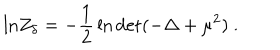
LaTeX: \mathrm { l n } Z _ { \delta } = - { \frac { 1 } { 2 } } \ln \mathrm { d e t } ( - \Delta + \mu ^ { 2 } ) ~ .